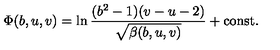
\Phi ( b , u , v ) = \ln \frac { ( b ^ { 2 } - 1 ) ( v - u - 2 ) } { \sqrt { \beta ( b , u , v ) } } + \mathrm { c o n s t . }